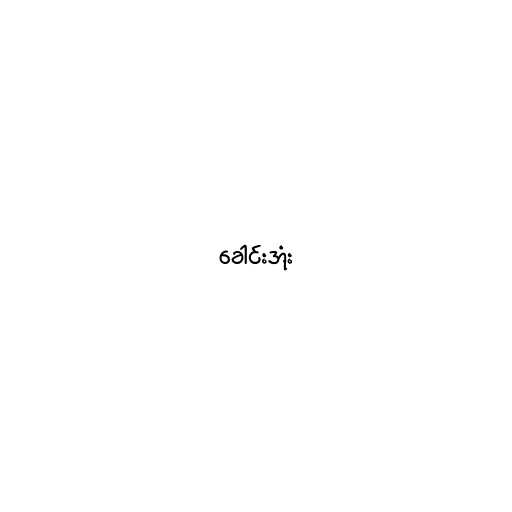
ခေါင်းအုံး